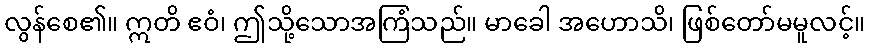
လွန်စေ၏။ ဣတိ ဧဝံ၊ ဤသို့သောအကြံသည်။ မာခေါ အဟောသိ၊ ဖြစ်တော်မမူလင့်။